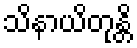
သိနာယိတုန္တိ